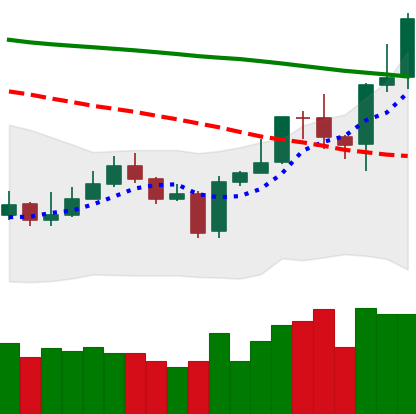
Ticker: EOS-USD
Chart end date: 2020-01-12
Forward return: 22.909%
Label: up_7plus